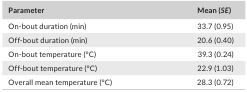
| Parameter | Mean (SE) |
 | --- | --- |
 | On‐bout duration (min) | 33.7 (0.95) |
 | Off‐bout duration (min) | 20.6 (0.40) |
 | On‐bout temperature (°C) | 39.3 (0.24) |
 | Off‐bout temperature (°C) | 22.9 (1.03) |
 | Overall mean temperature (°C) | 28.3 (0.72) |